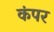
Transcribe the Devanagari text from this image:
कंपर